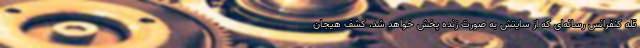
تله کنفرانس رسانه‌ای که از سایتش به صورت زنده پخش خواهد شد، کشف هیجان